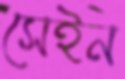
সেইন